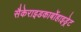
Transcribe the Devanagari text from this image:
सैकेराइडकार्बोहाइड्रेट